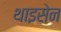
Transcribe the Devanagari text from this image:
थाइसेन